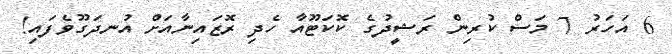
6 އަހަރު 7 މަސް ކުރިން ރަޝީދުގެ ކޮކަޓޫއާ ހެދި ރޮޒައިނާއަށް އުނދަގޫވެފައި!